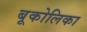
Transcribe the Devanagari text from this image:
बूकोलिका